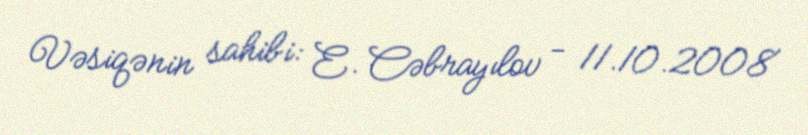
Vəsiqənin sahibi: E. Cəbrayılov - 11.10.2008